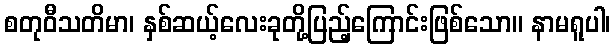
စတုဝီသတိမာ၊ နှစ်ဆယ့်လေးခုတို့ပြည့်ကြောင်းဖြစ်သော။ နာမရူပါ၊